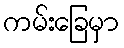
ကမ်းခြေမှာ